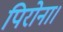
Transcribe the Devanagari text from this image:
पिरोना।